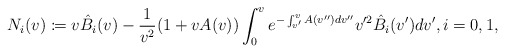
\begin{align*} N_{i}(v)\coloneqq v\hat{B}_{i}(v)-\frac{1}{v^2}(1+vA(v))\int_0^ve^{-\int_{v'}^vA(v'')dv''}v'^2\hat{B}_{i}(v')dv',\textrm{$i=0,1$},\end{align*}